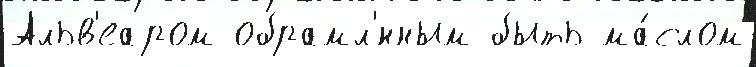
Альв'еаром обрамл'́нным быть ма́слом